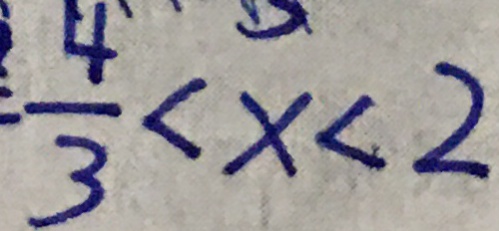
\frac { 4 } { 3 } < x < 2